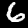
Digit: 6